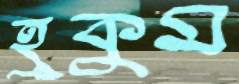
হুকুম